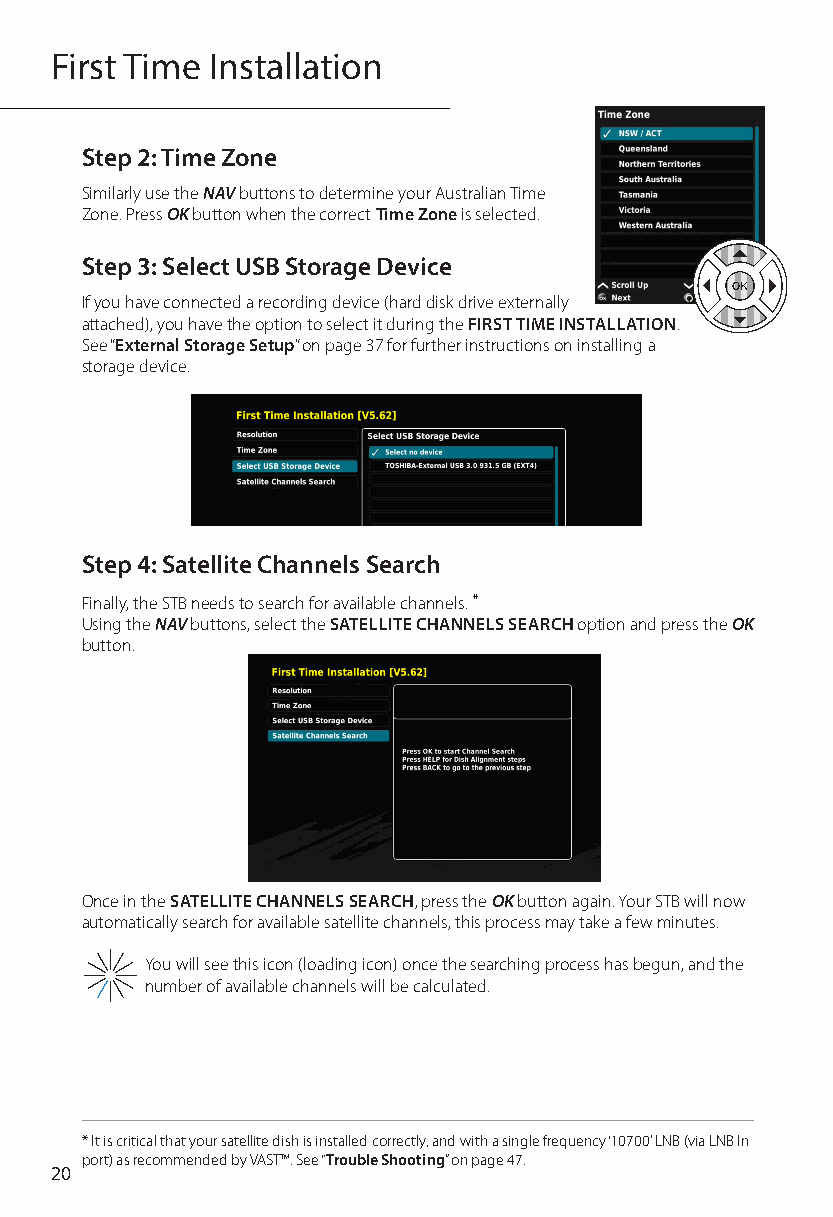
First Time Installation
 Step 2: Time Zone
 Similarly use the NAV buttons to determine your Australian Time
 Zone. Press OK button when the correct Time Zone is selected.
 Step 3: Select USB Storage Device
 If you have connected a recording device (hard disk drive externally
 attached), you have the option to select it during the FIRST TIME INSTALLATION.
 See “External Storage Setup” on page 37 for further instructions on installing a
 storage device.
 Step 4: Satellite Channels Search
 Finally, the STB needs to search for available channels. *
 Using the NAV buttons, select the SATELLITE CHANNELS SEARCH option and press the OK
 button.
 Once in the SATELLITE CHANNELS SEARCH, press the OK button again. Your STB will now
 automatically search for available satellite channels, this process may take a few minutes.
 You will see this icon (loading icon) once the searching process has begun, and the
 number of available channels will be calculated.
 * It is critical that your satellite dish is installed correctly, and with a single frequency ‘10700’ LNB (via LNB In
 port) as recommended by VAST™. See “Trouble Shooting” on page 47.
 20